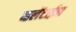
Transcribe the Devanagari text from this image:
व्हलेंटाईन